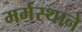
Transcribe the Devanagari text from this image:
मर्मस्थाने